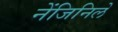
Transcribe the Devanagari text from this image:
नेंजिनिले